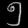
Digit: ၅